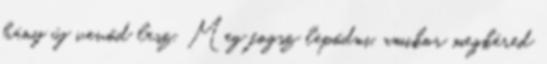
hány új vevőd lesz. Meg fogsz lepődni, amikor megkéred